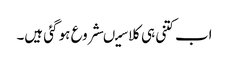
اب کتنی ہی کلاسیںشروع ہو گئی ہیں۔